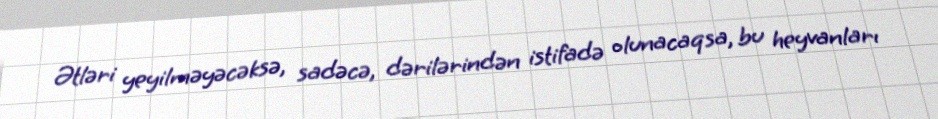
Ətləri yeyilməyəcəksə, sadəcə, dərilərindən istifadə olunacaqsa, bu heyvanları